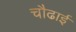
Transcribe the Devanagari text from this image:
चौढाई